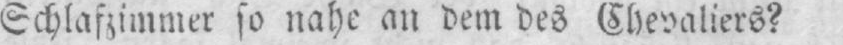
Schlafzimmer so nahe an dem des Chevaliers?